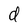
Character: d